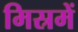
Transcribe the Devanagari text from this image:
मिस्रमें